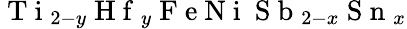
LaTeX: \mathrm{~T~i~}_{2-y}\mathrm{~H~f~}_{y}\mathrm{~F~e~N~i~}\mathrm{~S~b~}_{2-x}\mathrm{~S~n~}_{x}